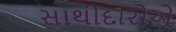
સાથીદારોએ